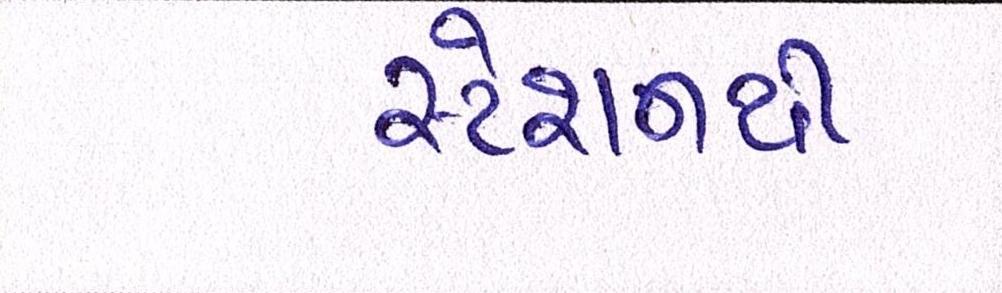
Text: સ્ટેશનથી